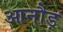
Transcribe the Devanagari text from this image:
आनौड़